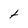
Character: t